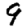
Digit: 9